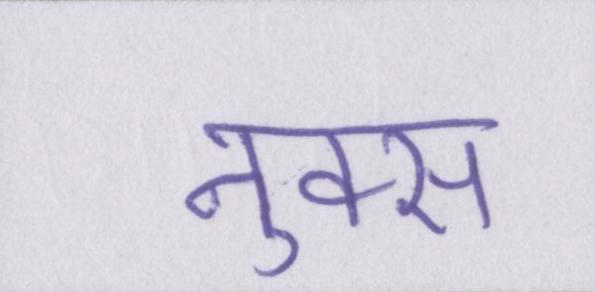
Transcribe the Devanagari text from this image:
नुक्स